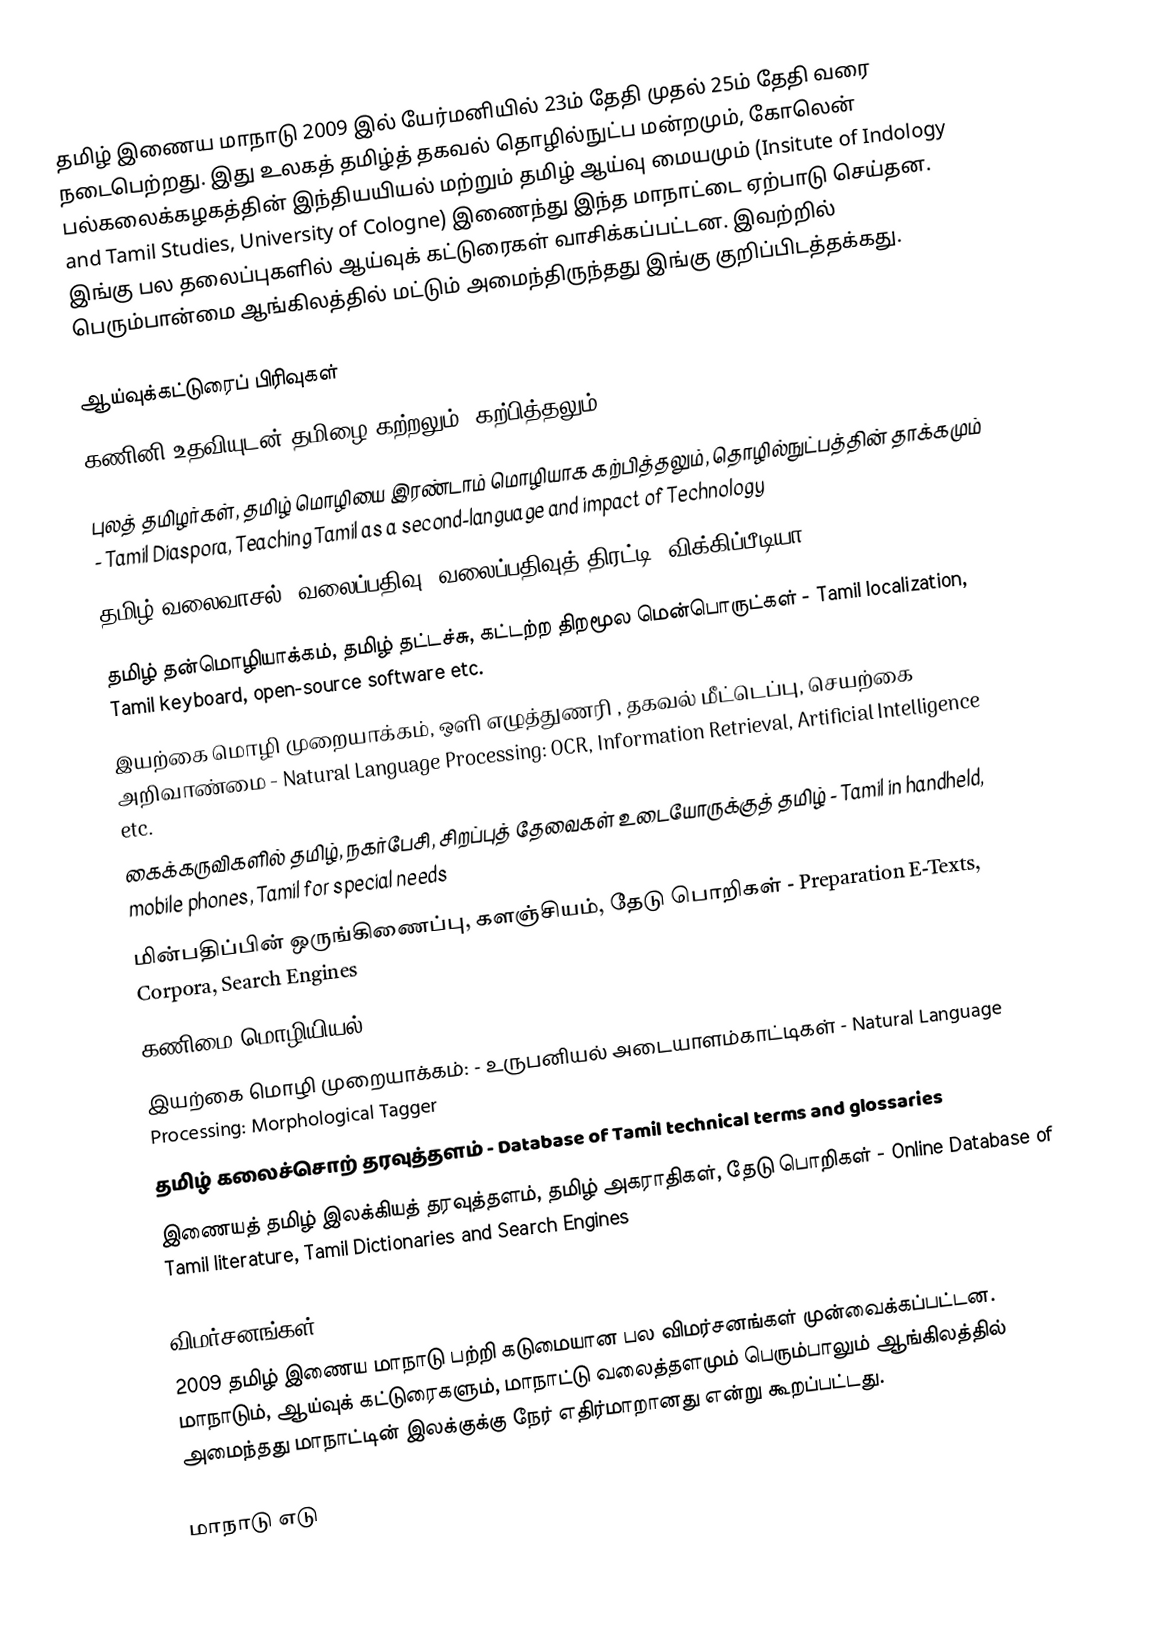
தமிழ் இணைய மாநாடு 2009 இல் யேர்மனியில் 23ம் தேதி முதல் 25ம் தேதி வரை நடைபெற்றது. இது உலகத் தமிழ்த் தகவல் தொழில்நுட்ப மன்றமும், கோலென் பல்கலைக்கழகத்தின் இந்தியயியல் மற்றும் தமிழ் ஆய்வு மையமும் (Insitute of Indology and Tamil Studies, University of Cologne) இணைந்து இந்த மாநாட்டை ஏற்பாடு செய்தன. இங்கு பல தலைப்புகளில் ஆய்வுக் கட்டுரைகள் வாசிக்கப்பட்டன. இவற்றில் பெரும்பான்மை ஆங்கிலத்தில் மட்டும் அமைந்திருந்தது இங்கு குறிப்பிடத்தக்கது.

ஆய்வுக்கட்டுரைப் பிரிவுகள்
 கணினி உதவியுடன் தமிழை கற்றலும், கற்பித்தலும் - Computer Assisted Learning and Teaching of Tamil
 புலத் தமிழர்கள், தமிழ் மொழியை இரண்டாம் மொழியாக கற்பித்தலும், தொழில்நுட்பத்தின் தாக்கமும் - Tamil Diaspora, Teaching Tamil as a second-language and impact of Technology
 தமிழ் வலைவாசல்: வலைப்பதிவு, வலைப்பதிவுத் திரட்டி, விக்கிப்பீடியா - Tamil Portal: Blogger, Aggregator, Wikipedia etc.
 தமிழ் தன்மொழியாக்கம், தமிழ் தட்டச்சு, கட்டற்ற திறமூல மென்பொருட்கள் - Tamil localization, Tamil keyboard, open-source software etc.
 இயற்கை மொழி முறையாக்கம், ஒளி எழுத்துணரி , தகவல் மீட்டெப்பு, செயற்கை அறிவாண்மை - Natural Language Processing: OCR, Information Retrieval, Artificial Intelligence etc.
 கைக்கருவிகளில் தமிழ், நகர்பேசி, சிறப்புத் தேவைகள் உடையோருக்குத் தமிழ் - Tamil in handheld, mobile phones, Tamil for special needs
 மின்பதிப்பின் ஒருங்கிணைப்பு, களஞ்சியம், தேடு பொறிகள் - Preparation E-Texts, Corpora, Search Engines
 கணிமை மொழியியல் - Computational Linguistics
 இயற்கை மொழி முறையாக்கம்: - உருபனியல் அடையாளம்காட்டிகள் - Natural Language Processing: Morphological Tagger
 தமிழ் கலைச்சொற் தரவுத்தளம் - Database of Tamil technical terms and glossaries
 இணையத் தமிழ் இலக்கியத் தரவுத்தளம், தமிழ் அகராதிகள், தேடு பொறிகள் - Online Database of Tamil literature, Tamil Dictionaries and Search Engines

விமர்சனங்கள்
2009 தமிழ் இணைய மாநாடு பற்றி கடுமையான பல விமர்சனங்கள் முன்வைக்கப்பட்டன. மாநாடும், ஆய்வுக் கட்டுரைகளும், மாநாட்டு வலைத்தளமும் பெரும்பாலும் ஆங்கிலத்தில் அமைந்தது மாநாட்டின் இலக்குக்கு நேர் எதிர்மாறானது என்று கூறப்பட்டது.

மாநாடு எடு